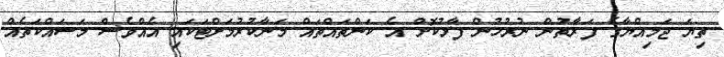
ތިޔަ ޖަމިއްޔާގެ ފަރާތުން ނުރުހުން ފާޅުކޮށް އެ ކަންތައްތައް މަނާކުރުމަށްޓަކައި އެއްވެސް މަސައްކަތެއް